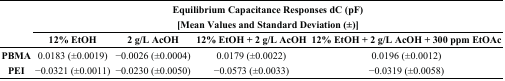
<table><thead><tr><td rowspan="3"></td><td colspan="4"><b>Equilibrium Capacitance Responses dC (pF) [Mean Values and Standard Deviation (±)]</b></td></tr><tr><td><b>12% EtOH</b></td><td><b>2 g/L AcOH</b></td><td><b>12% EtOH + 2 g/L AcOH</b></td><td><b>12% EtOH + 2 g/L AcOH + 300 ppm EtOAc</b></td></tr></thead><tbody><tr><td><b>PBMA</b></td><td>0.0183 (±0.0019)</td><td>−0.0026 (±0.0004)</td><td>0.0179 (±0.0022)</td><td>0.0196 (±0.0012)</td></tr><tr><td><b>PEI</b></td><td>−0.0321 (±0.0011)</td><td>−0.0230 (±0.0050)</td><td>−0.0573 (±0.0033)</td><td>−0.0319 (±0.0058)</td></tr></tbody></table>